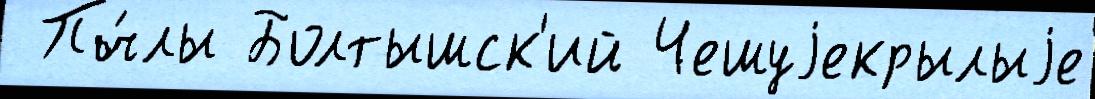
 Пч́лы Болтышск'ий Чешуjекрылыjе